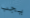
يجب